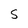
Character: S